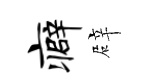
癖辟